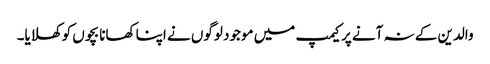
والدین کے نہ آنے پر کیمپ میں موجود لوگوں نے اپنا کھانا بچوں کو کھلایا۔